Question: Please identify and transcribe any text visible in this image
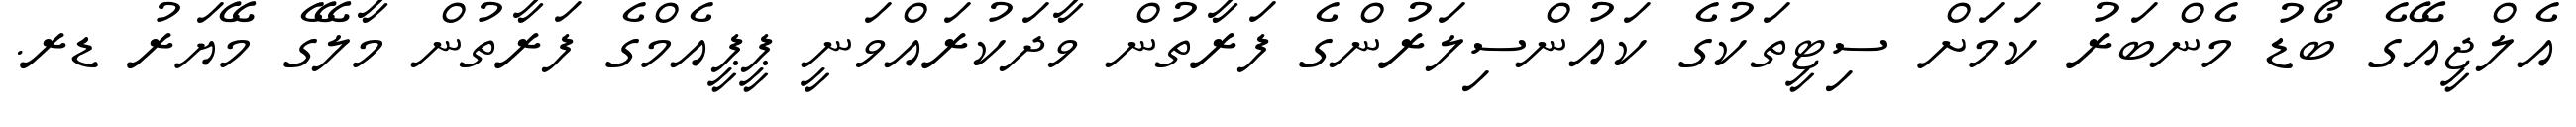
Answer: އެލްޖީއޭގެ ބޯޑު މެންބަރު ކަމަށް ސިޓީތަކުގެ ކައުންސިލަރުންގެ ފަރާތުން ވާދަކުރައްވަނީ ޕީޕީއެމްގެ ފަރާތުން މާލޭގެ މޭޔަރު ޑރ.